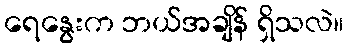
ရေနွေးက ဘယ်အချိန် ရှိသလဲ။